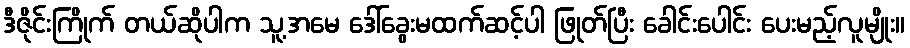
ဒီဇိုင်းကြိုက် တယ်ဆိုပါက သူ့အမေ ဒေါ်ခွေးမထက်ဆင့်ပါ ဖြုတ်ပြီး ခေါင်းပေါင်း ပေးမည့်လူမျိုး။